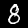
Label: 8